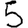
Digit: 5